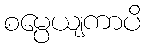
စမ္ပေယျကာပိ